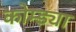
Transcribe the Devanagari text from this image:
कोम्ड्या